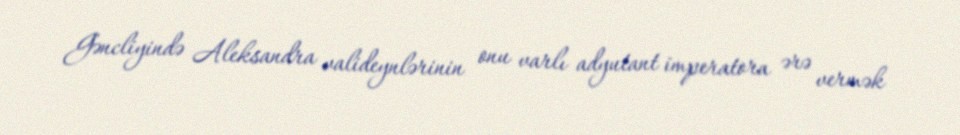
Gəncliyində Aleksandra valideynlərinin onu varlı adyutant imperatora ərə vermək